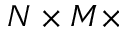
N \times M \times